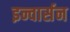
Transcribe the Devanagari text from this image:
इन्वार्सन